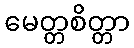
မေတ္တစိတ္တာ